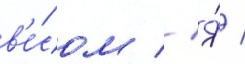
в'е́сом // Я́ /